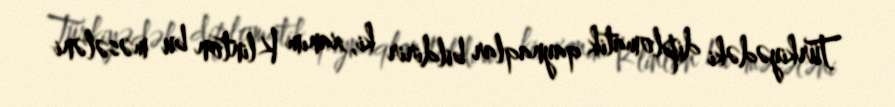
Türkiyədəki diplomatik qaynaqlar bildirir ki, xanım Klinton bu məsələni